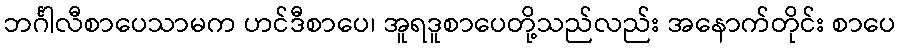
ဘင်္ဂါလီစာပေသာမက ဟင်ဒီစာပေ၊ အူရဒူစာပေတို့သည်လည်း အနောက်တိုင်း စာပေ